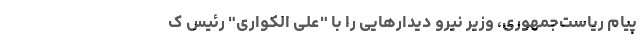
پیام ریاست‌جمهوری، وزیر نیرو دیدارهایی را با "علی الکواری" رئیس ک